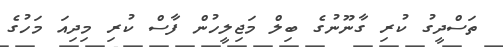
ތަސްދީގު ކުރި ގާނޫނުގެ ބިލް މަޖިލީހުން ފާސް ކުރި މިދިއަ މަހުގެ